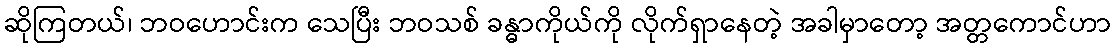
ဆိုကြတယ်၊ ဘဝဟောင်းက သေပြီး ဘဝသစ် ခန္ဓာကိုယ်ကို လိုက်ရှာနေတဲ့ အခါမှာတော့ အတ္တကောင်ဟာ